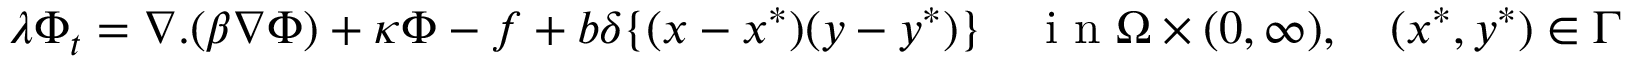
\lambda \Phi _ { t } = \nabla . ( \beta \nabla \Phi ) + \kappa \Phi - f + b \delta \{ ( x - x ^ { * } ) ( y - y ^ { * } ) \} \quad \mathrm { ~ i ~ n ~ } \Omega \times ( 0 , \infty ) , \quad ( x ^ { * } , y ^ { * } ) \in \Gamma